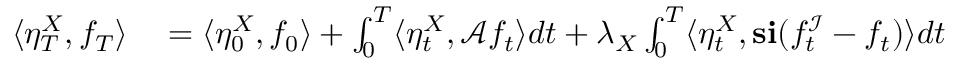
\begin{array} { r l } { \langle \eta _ { T } ^ { X } , f _ { T } \rangle } & { { } = \langle \eta _ { 0 } ^ { X } , f _ { 0 } \rangle + \int _ { 0 } ^ { T } \langle \eta _ { t } ^ { X } , \mathcal { A } f _ { t } \rangle d t + \lambda _ { X } \int _ { 0 } ^ { T } \langle \eta _ { t } ^ { X } , \mathbf { s } \mathbf { i } ( f _ { t } ^ { \mathcal { I } } - f _ { t } ) \rangle d t } \end{array}